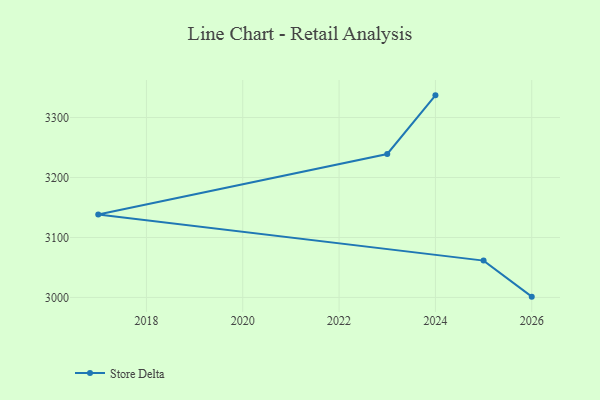
{"axis": {"x": "Year", "y": "Budget (USD K)"}, "legend": ["Store Delta"], "data": [{"x": "2026", "y": 3001.3, "type": "Store Delta"}, {"x": "2025", "y": 3061.4, "type": "Store Delta"}, {"x": "2017", "y": 3138.2, "type": "Store Delta"}, {"x": "2023", "y": 3239.2, "type": "Store Delta"}, {"x": "2024", "y": 3337.0, "type": "Store Delta"}]}